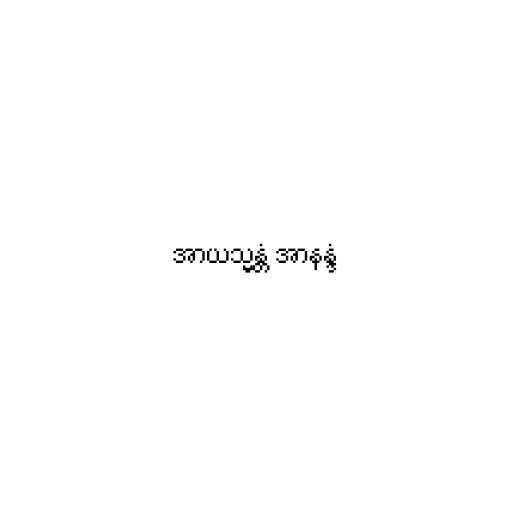
အာယသ္မန္တံ အာနန္ဒံ